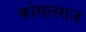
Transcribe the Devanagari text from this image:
कोसलराज